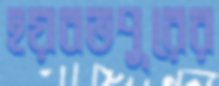
হয়বতপুরের